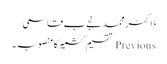
ڈاکٹر محمد نجےب قاسمی
Previous تقسیم کشمیرکامنصوبہ ۔